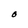
Character: O